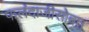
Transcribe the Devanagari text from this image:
फलंदाजीसोबत